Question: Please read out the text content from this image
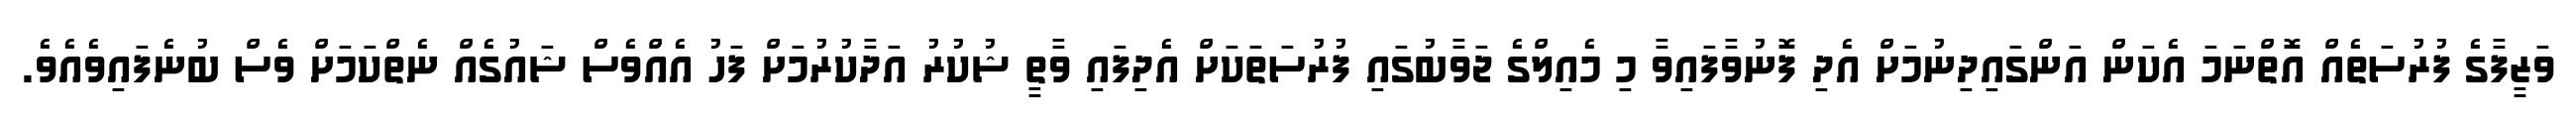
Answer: ވަޒީފާގެ ފުރުސަތެއް އޮތްނަމަ އެކަން އަންގައިދިނުމަށް އެދި ފޮނުވާފައިވާ މި މެއިލްގެ ޖަވާބުގައި ފުރުސަތަކަށް އެދިފައި ވާތީ ޝުކުރު އަދާކުރުމަށް ފަހު އެއްވެސް ޝައުގެއް ނެތްކަމަށް ވެސް ބުނެފައިވެއެވެ.